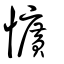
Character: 懭